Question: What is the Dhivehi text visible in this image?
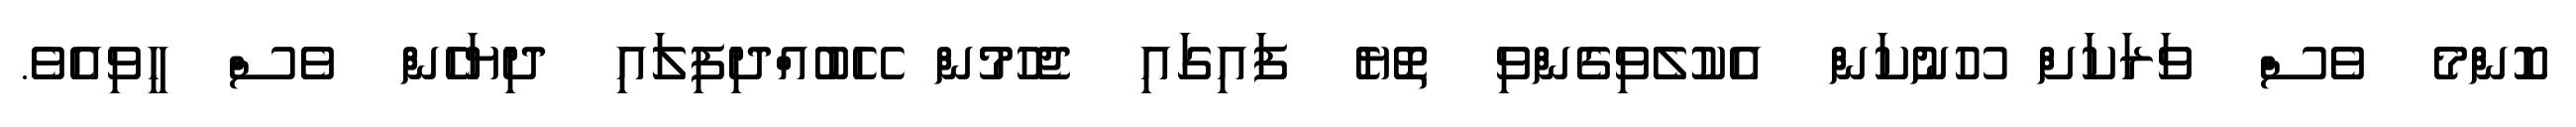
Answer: ކޮންމެ ވެސް ވަރަކަށް ހޫނުކަން އެކުލެވިގެންވި ތޮޔެ ފައިގައި ޖެހުމުން ހޭބުއްދިފިލައި ދިޔަހެން ވެސް ހީވިއެވެ.